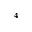
^ 4